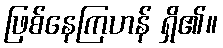
ဖြစ်နေကြဟန် ရှိ၏။